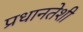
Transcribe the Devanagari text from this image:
प्रधानतेशी